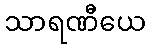
သာရဏီယေ